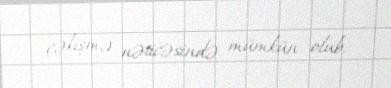
çəkişmə nəticəsində mümkün olub.